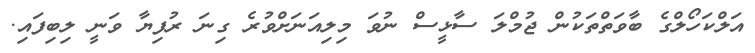
އަލްކަހޯލްގެ ބާވަތްތަކުން ޖުމްލަ ސާޅީސް ނުވަ މިލިއަނަށްވުރެ ގިނަ ރުފިޔާ ވަނީ ލިބިފައި.